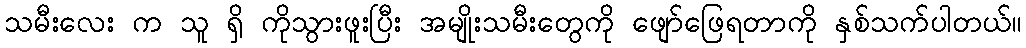
သမီးလေး က သူ ရှိ ကိုသွားဖူးပြီး အမျိုးသမီးတွေကို ဖျော်ဖြေရတာကို နှစ်သက်ပါတယ်။